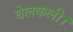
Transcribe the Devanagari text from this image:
बेलकली।